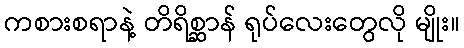
ကစားစရာနဲ့ တိရိစ္ဆာန် ရုပ်လေးတွေလို မျိုး။